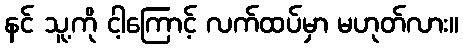
နင် သူ့ကို ငါ့ကြောင့် လက်ထပ်မှာ မဟုတ်လား။